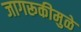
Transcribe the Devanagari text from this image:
जागरूकीमुळे